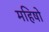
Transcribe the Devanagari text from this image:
महिषो